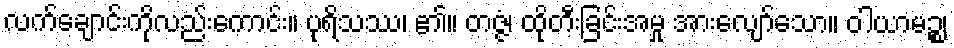
လက်ချောင်းကိုလည်းကောင်း။ ပုရိသဿ၊ ၏။ တဇ္ဇံ၊ ထိုတီးခြင်းအမှု အားလျော်သော။ ဝါယာမဉ္စ၊